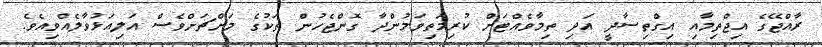
ރާއްޖޭގެ އިޖްތިމާއި އިގްތިސާދީ އަދި ތިމާވެއްޓަށް ކުރިމަތިވަމުންދާ ގޮންޖެހުން ތަކުގެ މަށްޗަށްވެސް އަލިއަޅުވާލެއްވިއެވެ.